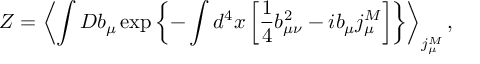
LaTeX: { \cal Z } = \left< \int { \cal D } b _ { \mu } \exp \left\{ - \int d ^ { 4 } x \left[ \frac 1 4 b _ { \mu \nu } ^ { 2 } - i b _ { \mu } j _ { \mu } ^ { M } \right] \right\} \right> _ { j _ { \mu } ^ { M } } ,